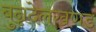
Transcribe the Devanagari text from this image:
बुन्नदेलखणड